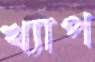
খ্যাপ